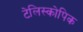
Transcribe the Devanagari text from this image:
टेलिस्कोपिक